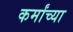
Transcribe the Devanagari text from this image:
कर्मांच्या